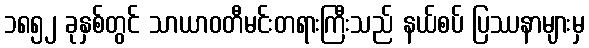
၁၈၅၂ ခုနှစ်တွင် သာယာဝတီမင်းတရားကြီးသည် နယ်စပ် ပြဿနာများမှ